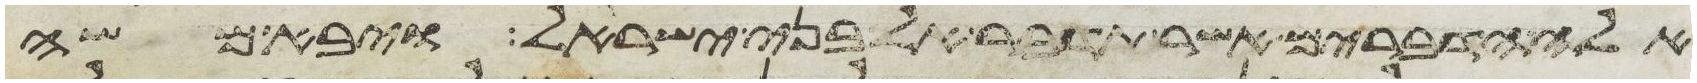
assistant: אלה הדברים אשר תדבר אל בני ישראל ויבא משה